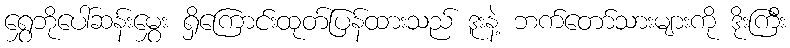
ရွှေဘိုပေါ်ဆန်းမွှေး ရှိကြောင်းထုတ်ပြန်ထားသည် ဒူးနဲ့ ဘက်တော်သားများကို ဒိုးကြီး